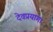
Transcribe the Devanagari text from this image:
देवप्रयाग।